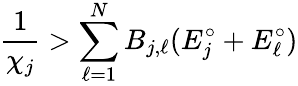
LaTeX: \frac{1}{\chi_{j}}>\sum_{\ell=1}^{N}B_{j,\ell}(E_{j}^{\circ}+E_{\ell}^{\circ})